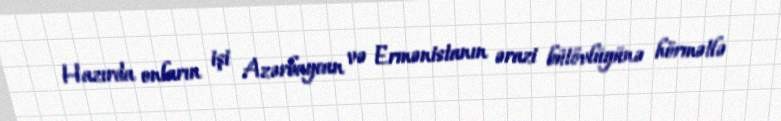
Hazırda onların işi Azərbaycan və Ermənistanın ərazi bütövlüyünə hörmətlə